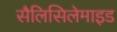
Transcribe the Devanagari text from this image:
सैलिसिलेमाइड